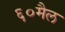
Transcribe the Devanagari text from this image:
६०मैल